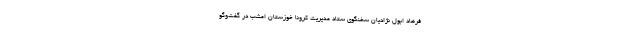
فرهاد ابول نژادیان سخنگوی ستاد مدیریت کرونا خوزستان امشب در گفت‌وگو